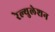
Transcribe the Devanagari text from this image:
रेल्युलेशन